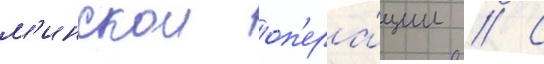
м'инскои оп'ера́ции // С